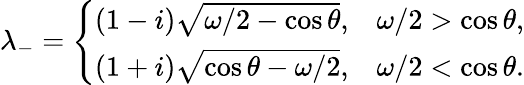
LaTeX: \lambda_{-}=\left\{ \begin{array}{ll}{(1-i)\sqrt{\omega/2-\cos{\theta}},}&{\omega/2>\cos{\theta},}\\ {(1+i)\sqrt{\cos{\theta}-\omega/2},}&{\omega/2<\cos{\theta}.}\end{array}\right.